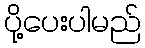
ပို့ပေးပါမည်